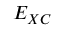
E _ { X C }